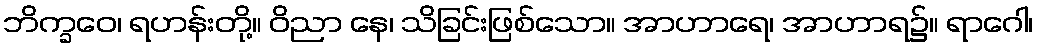
ဘိက္ခဝေ၊ ရဟန်းတို့။ ဝိညာ နေ၊ သိခြင်းဖြစ်သော။ အာဟာရေ၊ အာဟာရ၌။ ရာဂေါ၊